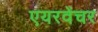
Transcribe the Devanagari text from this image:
एयरवेंचर